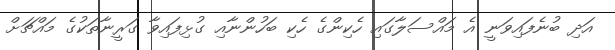
އަދި ބުނެފައިވަނީ އެ މައްސަލާގައި ހެކިންގެ ހެކި ބަހުންނާއި ގުޅިފައިވާ ގަރީނާތަކުގެ މައްޗަށް